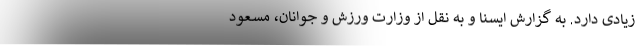
زیادی دارد. به گزارش ایسنا و به نقل از وزارت ورزش و جوانان، مسعود